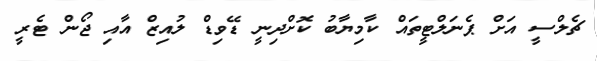
ޗެލްސީ އަށް ޕެނަލްޓީތައް ކާމިޔާބު ކޮށްދިނީ ޑޭވިޑް ލުއިޒް އާއި ޖޯން ޓެރީ